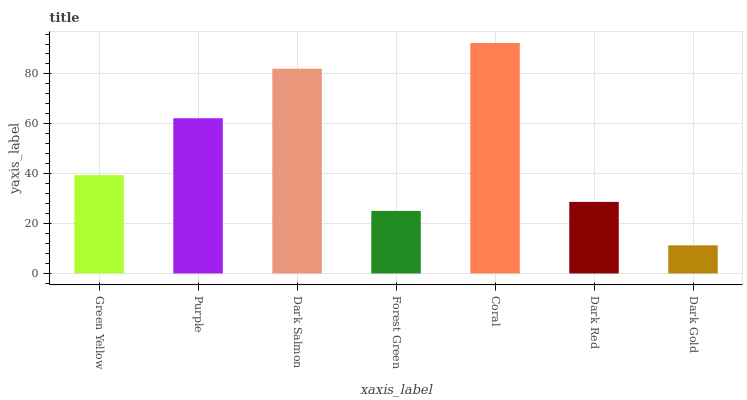
| xaxis_label | bars |
 | --- | --- |
 | Green Yellow | 39.4 |
 | Purple | 62.2 |
 | Dark Salmon | 82.1 |
 | Forest Green | 25.1 |
 | Coral | 92.4 |
 | Dark Red | 28.7 |
 | Dark Gold | 11.3 |